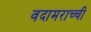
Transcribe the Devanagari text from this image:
वदामराच्ची